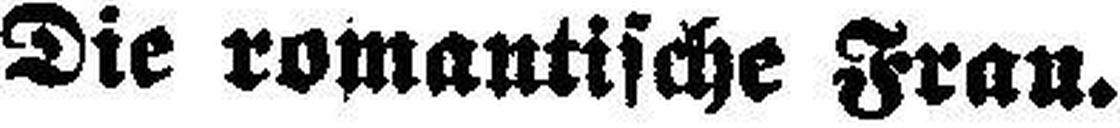
Die romantische Frau.